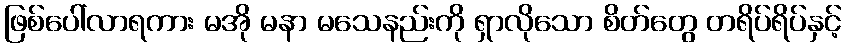
ဖြစ်ပေါ်လာရကား မအို မနာ မသေနည်းကို ရှာလိုသော စိတ်တွေ တရိပ်ရိပ်နှင့်